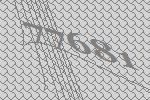
77681